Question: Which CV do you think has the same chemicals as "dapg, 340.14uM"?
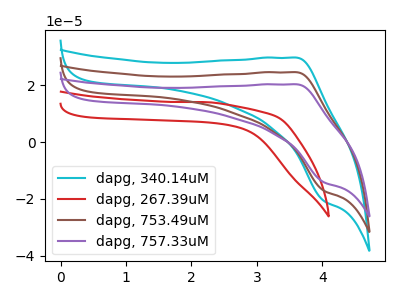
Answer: <think>The cyan curve "dapg, 340.14uM" has an anodic peak at (3.60V, 49.15uA) and a cathodic peak at (4.05V, -34.35uA). The red curve "dapg, 267.39uM" has no peaks. The brown curve "dapg, 753.49uM" has an anodic peak at (3.60V, 24.55uA) and a cathodic peak at (4.05V, -17.20uA). The purple curve "dapg, 757.33uM" has an anodic peak at (3.60V, 20.30uA) and a cathodic peak at (4.05V, -14.20uA).
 "dapg, 340.14uM" and "dapg, 267.39uM" have a different number of peaks. All the peaks in "dapg, 340.14uM" have a peak in "dapg, 753.49uM" at the same potential. Every peak in "dapg, 340.14uM" is higher than every peak in "dapg, 753.49uM". All the peaks in "dapg, 340.14uM" have a peak in "dapg, 757.33uM" at the same potential. Every peak in "dapg, 340.14uM" is higher than every peak in "dapg, 757.33uM". "dapg, 267.39uM" and "dapg, 753.49uM" have a different number of peaks. "dapg, 267.39uM" and "dapg, 757.33uM" have a different number of peaks. All the peaks in "dapg, 753.49uM" have a peak in "dapg, 757.33uM" at the same potential. Every peak in "dapg, 753.49uM" is higher than every peak in "dapg, 757.33uM".</think>
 <answer>"dapg, 340.14uM" and "dapg, 753.49uM" have a similar shape to "dapg, 757.33uM".</answer>
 <eval>"dapg, 340.14uM" "dapg, 753.49uM"</eval>